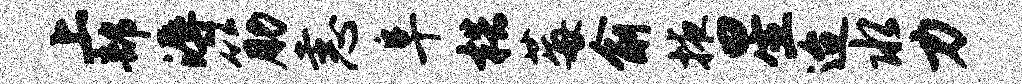
上部溽筋恚阜梏莓俞掖星迨水力